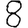
Digit: 8